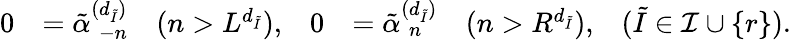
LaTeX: \begin{array}{rlrlr}{0}&{=\tilde{\alpha}_{\hphantom{(}-n}^{(d_{\tilde{I}})}\quad(n>L^{d_{\tilde{I}}}),}&{0}&{=\tilde{\alpha}_{\hphantom{(}n}^{(d_{\tilde{I}})}\quad(n>R^{d_{\tilde{I}}}),}&{(\tilde{I}\in\mathcal{I}\cup\{ r\} ).}\end{array}